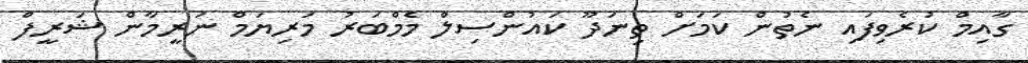
ގާއިމް ކުރެވިފައި ނެތުން ކަމަށް ތިނަދޫ ކަައުންސިލް މެމްބަރު މަރިޔަމް ނަރީމާން ޝަރީފް